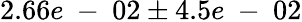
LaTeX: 2.66e\mathrm{~-~}02\pm 4.5e\mathrm{~-~}02